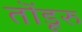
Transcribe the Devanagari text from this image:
तॊंडूरु